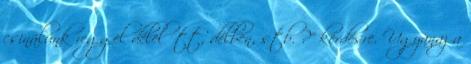
csinálunk reggel délelőtt, délben, stb. ?" kérdésre. Ugyanaz a